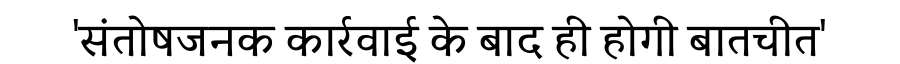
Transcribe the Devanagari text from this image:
'संतोषजनक कार्रवाई के बाद ही होगी बातचीत'